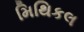
મિથિકલ